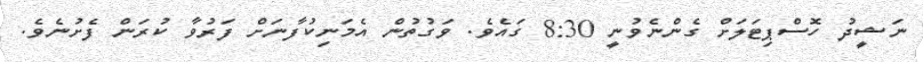
ނަޝީދު ހޮސްޕިޓަލަށް ގެންނެވުނީ 8:30 ގައެވެ. ވަގުތުން އެމަނިކުފާނަށް ފަރުވާ ކުރަން ފެށުނެވެ.